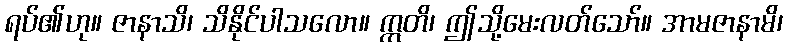
ရပ်၏ဟု။ ဇာနာသိ၊ သိနိုင်ပါသလော။ ဣတိ၊ ဤသို့မေးလတ်သော်။ အာမဇာနာမိ၊